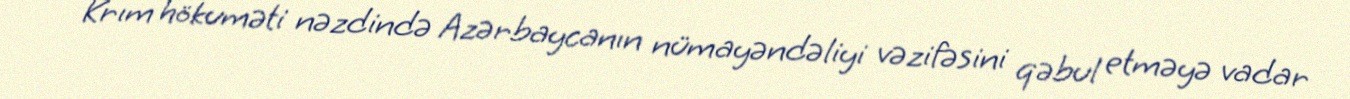
Krım hökuməti nəzdində Azərbaycanın nümayəndəliyi vəzifəsini qəbul etməyə vadar